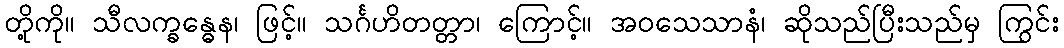
တို့ကို။ သီလက္ခန္ဓေန၊ ဖြင့်။ သင်္ဂဟိတတ္တာ၊ ကြောင့်။ အဝသေသာနံ၊ ဆိုသည်ပြီးသည်မှ ကြွင်း